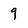
Character: 9